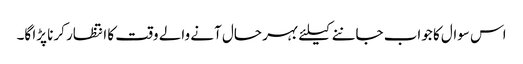
اس سوال کا جواب جاننے کیلئے بہر حال آنے والے وقت کا انتظار کرنا پڑا گا۔